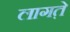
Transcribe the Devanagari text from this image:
लागत़े